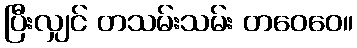
ပြီးလျှင် တသမ်းသမ်း တဝေဝေ။